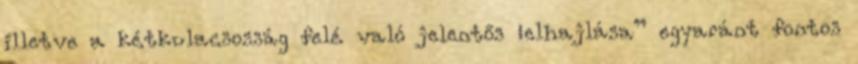
illetve a kétkulacsosság felé való jelentős „elhajlása” egyaránt fontos